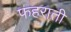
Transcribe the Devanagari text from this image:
फहराती